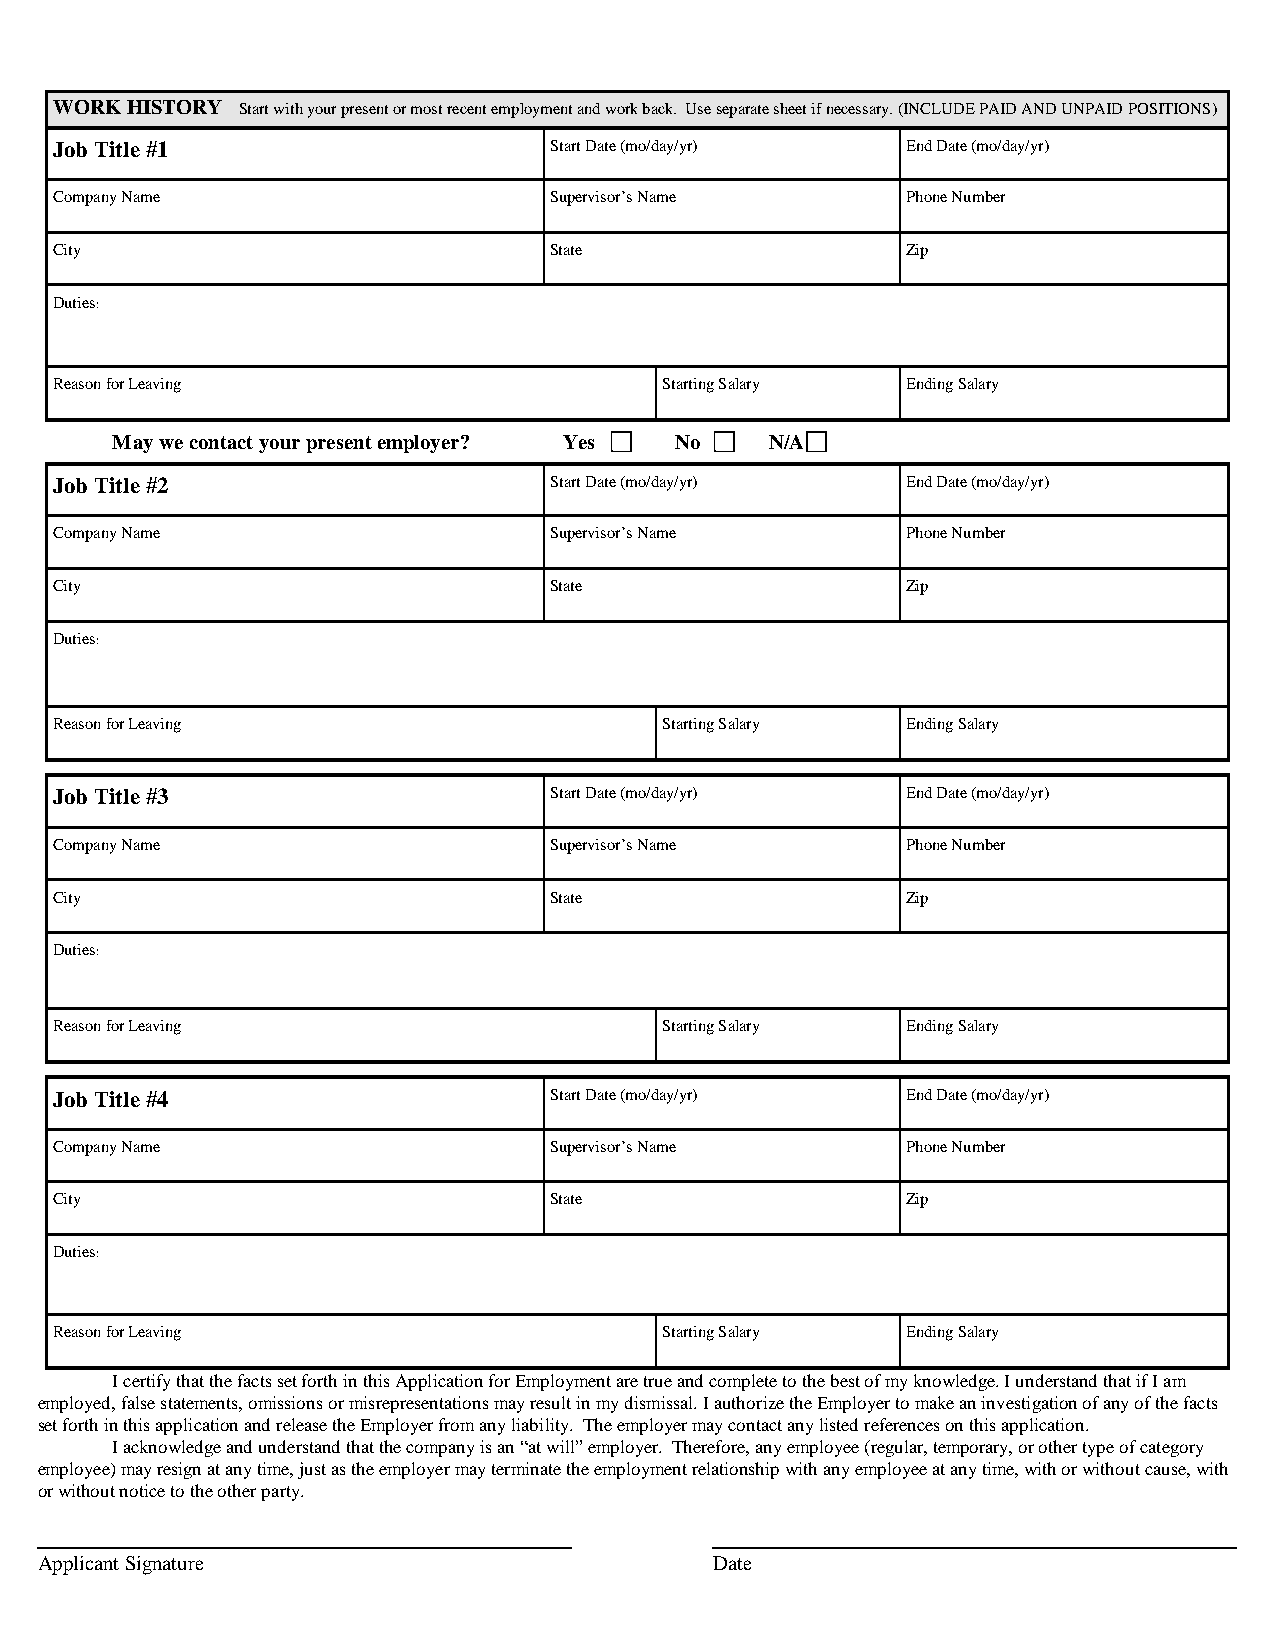
WORK HISTORY Start with your present or most recent employment and work back. Use separate sheet if necessary. (INCLUDE PAID AND UNPAID POSITIONS)
 Job Title #1                    Start Date (mo/day/yr)  End Date (mo/day/yr)
 Company Name                    Supervisor’s Name       Phone Number
 City                            State                   Zip
 Duties:
 Reason for Leaving                      Starting Salary Ending Salary
 May we contact your present employer? Yes No N/A
 Job Title #2                    Start Date (mo/day/yr)  End Date (mo/day/yr)
 Company Name                    Supervisor’s Name       Phone Number
 City                            State                   Zip
 Duties:
 Reason for Leaving                      Starting Salary Ending Salary
 Job Title #3                    Start Date (mo/day/yr)  End Date (mo/day/yr)
 Company Name                    Supervisor’s Name       Phone Number
 City                            State                   Zip
 Duties:
 Reason for Leaving                      Starting Salary Ending Salary
 Job Title #4                    Start Date (mo/day/yr)  End Date (mo/day/yr)
 Company Name                    Supervisor’s Name       Phone Number
 City                            State                   Zip
 Duties:
 Reason for Leaving                      Starting Salary Ending Salary
 I certify that the facts set forth in this Application for Employment are true and complete to the best of my knowledge. I understand that if I am
 employed, false statements, omissions or misrepresentations may result in my dismissal. I authorize the Employer to make an investigation of any of the facts
 set forth in this application and release the Employer from any liability. The employer may contact any listed references on this application.
 I acknowledge and understand that the company is an “at will” employer. Therefore, any employee (regular, temporary, or other type of category
 employee) may resign at any time, just as the employer may terminate the employment relationship with any employee at any time, with or without cause, with
 or without notice to the other party.
 Applicant Signature                          Date